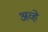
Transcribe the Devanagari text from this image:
अव्हे